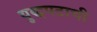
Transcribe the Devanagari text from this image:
युद्धपटाची